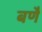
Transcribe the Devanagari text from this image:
बणै